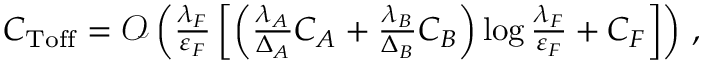
\begin{array} { r } { C _ { \mathrm { T o f f } } = \mathcal { O } \left( \frac { \lambda _ { F } } { \varepsilon _ { F } } \left[ \left( \frac { \lambda _ { A } } { \Delta _ { A } } C _ { A } + \frac { \lambda _ { B } } { \Delta _ { B } } C _ { B } \right) \log \frac { \lambda _ { F } } { \varepsilon _ { F } } + C _ { F } \right] \right) \, , } \end{array}